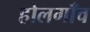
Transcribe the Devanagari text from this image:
होलगाँव